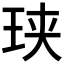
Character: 𮴑